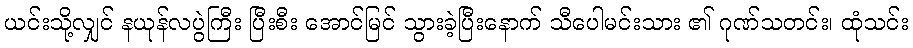
ယင်းသို့လျှင် နယုန်လပွဲကြီး ပြီးစီး အောင်မြင် သွားခဲ့ပြီးနောက် သီပေါမင်းသား ၏ ဂုဏ်သတင်း၊ ထုံသင်း